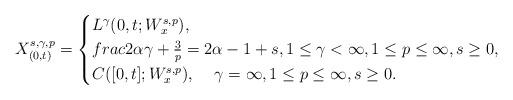
LaTeX: \begin{align*}& X^{s,\gamma,p}_{(0,t)} =\begin{cases}L^\gamma(0,t;W^{s,p}_x),\ \ \\frac{2\alpha}{\gamma} + \frac 3p = 2\alpha-1+s, 1\leq \gamma <\infty, 1\leq p\leq\infty, s\geq 0,\\C([0,t];W^{s,p}_x),\ \,\ \ \gamma = \infty, 1\leq p\leq \infty, s\geq 0. \end{cases}\end{align*}